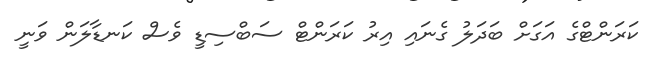
ކަރަންޓްގެ އަގަށް ބަދަލު ގެނައި އިރު ކަރަންޓް ސަބްސިޑީ ވެސް ކަނޑާލަން ވަނީ